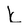
Character: k